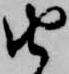
由